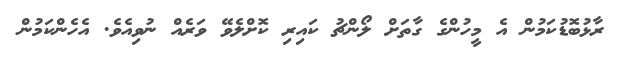
ރާޅުބޮޑުކަމުން އެ މީހުންގެ ގާތަށް ލޯންޗު ކައިރި ކޮށްލެވޭ ވަރެއް ނުވިއެވެ. އެހެންކަމުން